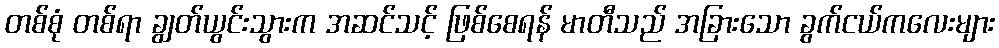
တစ်စုံ တစ်ရာ ချွတ်ယွင်းသွားက အဆင်သင့် ဖြစ်စေရန် မာတီသည် အခြားသော ခွက်ငယ်ကလေးများ